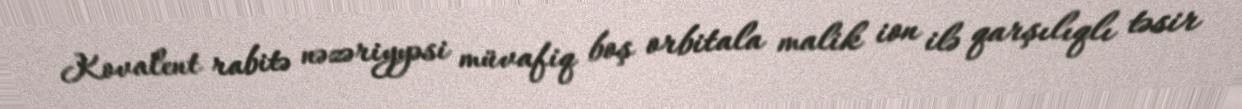
Kovalent rabitə nəzəriyyəsi müvafiq boş orbitala malik ion ilə qarşılıqlı təsir